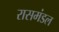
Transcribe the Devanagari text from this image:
रासमंडल